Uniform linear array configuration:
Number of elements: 64
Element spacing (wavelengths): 0.75
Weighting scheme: uniform
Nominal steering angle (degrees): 0
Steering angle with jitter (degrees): -1.171
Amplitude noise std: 0.05
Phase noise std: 0.05

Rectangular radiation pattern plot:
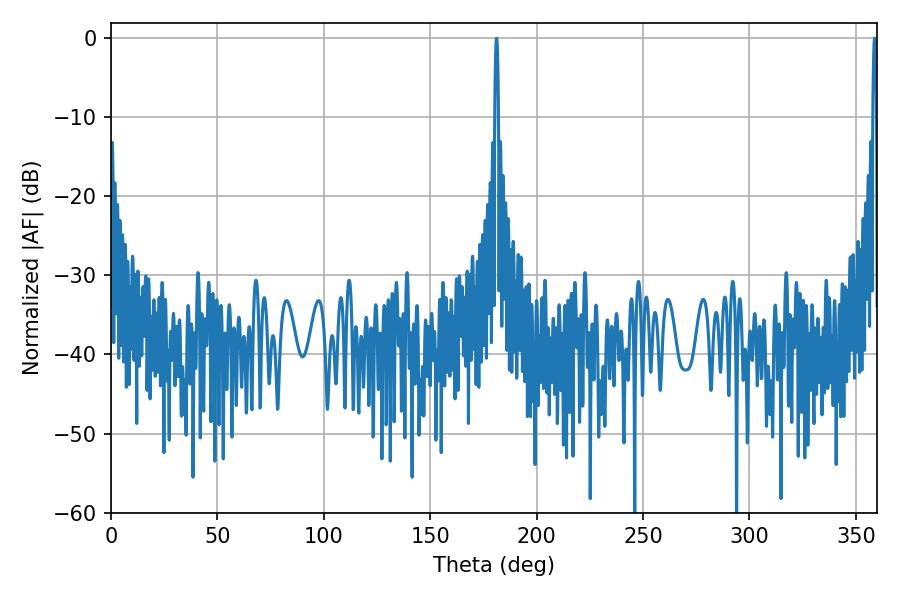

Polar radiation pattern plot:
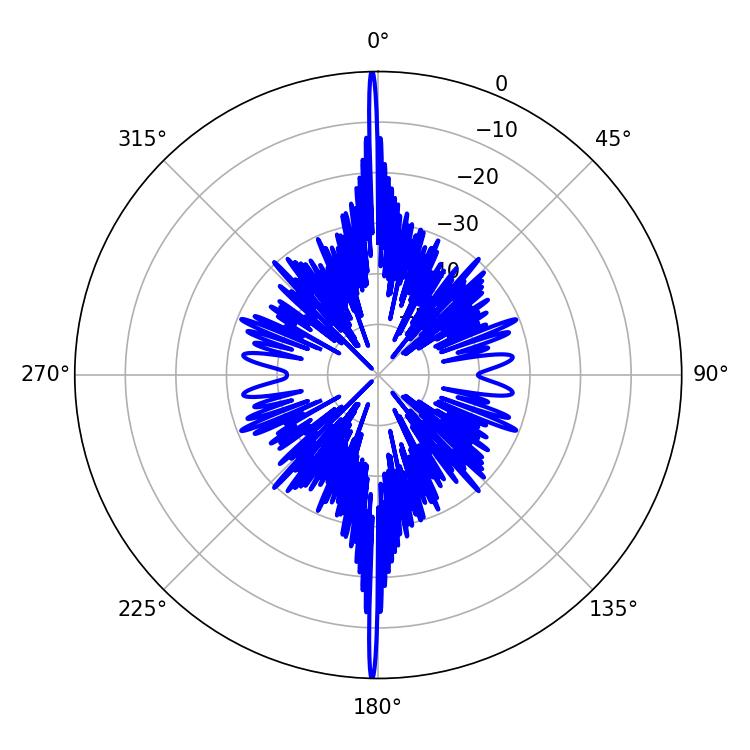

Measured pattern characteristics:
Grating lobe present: TRUE
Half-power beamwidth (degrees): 0.9
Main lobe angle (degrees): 358.74